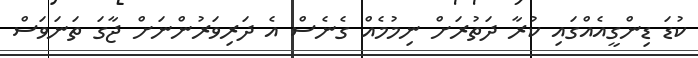
ކުޑަ ޑިންގީއެއްގައި ކުރާ ދަތުރަށް ނިމުމެއް ގެނެސް އެ ދަރިވަރުންނަށް ޖާގަ ތަނަވަސް